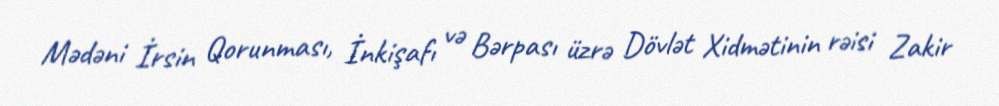
Mədəni İrsin Qorunması, İnkişafı və Bərpası üzrə Dövlət Xidmətinin rəisi Zakir